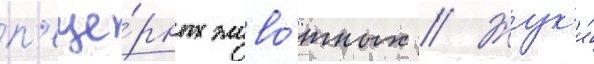
п'еще́рных живо́тных // Жук'и́